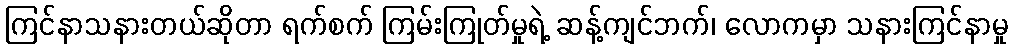
ကြင်နာသနားတယ်ဆိုတာ ရက်စက် ကြမ်းကြုတ်မှုရဲ့ ဆန့်ကျင်ဘက်၊ လောကမှာ သနားကြင်နာမှု